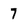
Character: 7